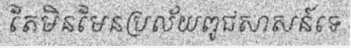
តែមិនមែនប្រល័យពូជសាសន៍ទេ